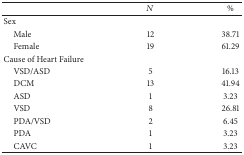
<table><thead><tr><td><b> </b></td><td><b><i>N</i></b></td><td><b>%</b></td></tr></thead><tbody><tr><td>Sex</td><td> </td><td> </td></tr><tr><td> Male</td><td>12</td><td>38.71</td></tr><tr><td> Female</td><td>19</td><td>61.29</td></tr><tr><td>Cause of Heart Failure</td><td> </td><td> </td></tr><tr><td> VSD/ASD</td><td>5</td><td>16.13</td></tr><tr><td> DCM</td><td>13</td><td>41.94</td></tr><tr><td> ASD</td><td>1</td><td>3.23</td></tr><tr><td> VSD</td><td>8</td><td>26.81</td></tr><tr><td> PDA/VSD</td><td>2</td><td>6.45</td></tr><tr><td> PDA</td><td>1</td><td>3.23</td></tr><tr><td> CAVC</td><td>1</td><td>3.23</td></tr></tbody></table>